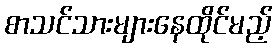
စာသင်သားများနေထိုင်မည့်